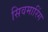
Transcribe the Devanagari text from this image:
सिवमारिंग